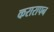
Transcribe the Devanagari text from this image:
करारापन